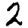
Digit: 2